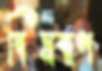
বিষবাণ